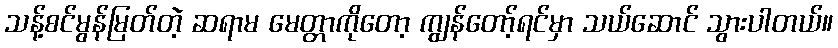
သန့်စင်မွန်မြတ်တဲ့ ဆရာမ မေတ္တာကိုတော့ ကျွန်တော့်ရင်မှာ သယ်ဆောင် သွားပါတယ်။